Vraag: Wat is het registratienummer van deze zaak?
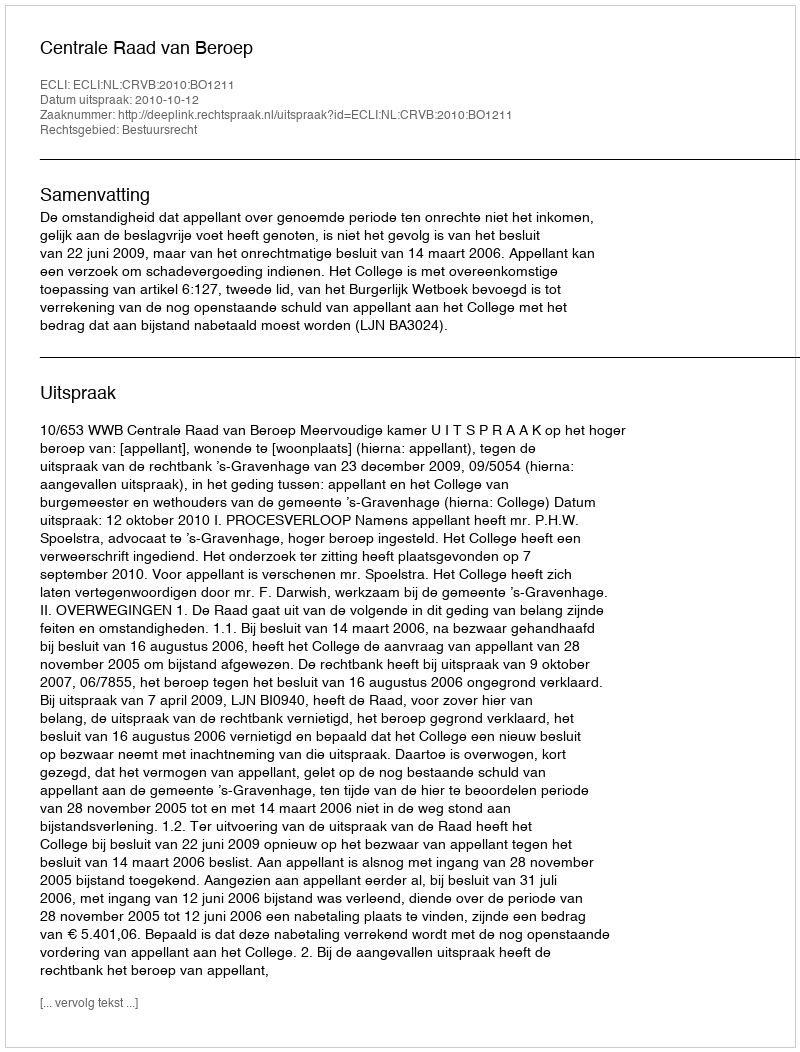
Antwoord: http://deeplink.rechtspraak.nl/uitspraak?id=ECLI:NL:CRVB:2010:BO1211